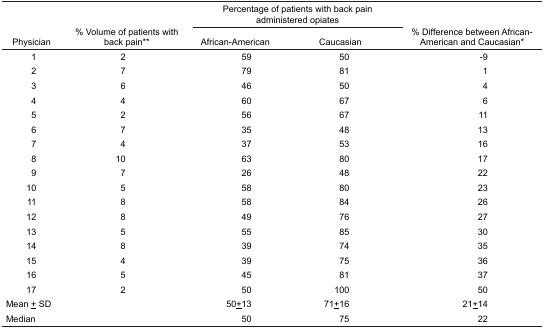
|  |  | <COLSPAN=2> Percentage of patients with back pain administered opiates |  |
 | Physician | % Volume of patients with back pain** | African-American | Caucasian | % Difference between African-American and Caucasian* |
 | --- | --- | --- | --- | --- |
 | 1 | 2 | 59 | 50 | −9 |
 | 2 | 7 | 79 | 81 | 1 |
 | 3 | 6 | 46 | 50 | 4 |
 | 4 | 4 | 60 | 67 | 6 |
 | 5 | 2 | 56 | 67 | 11 |
 | 6 | 7 | 35 | 48 | 13 |
 | 7 | 4 | 37 | 53 | 16 |
 | 8 | 10 | 63 | 80 | 17 |
 | 9 | 7 | 26 | 48 | 22 |
 | 10 | 5 | 58 | 80 | 23 |
 | 11 | 8 | 58 | 84 | 26 |
 | 12 | 8 | 49 | 76 | 27 |
 | 13 | 5 | 55 | 85 | 30 |
 | 14 | 8 | 39 | 74 | 35 |
 | 15 | 4 | 39 | 75 | 36 |
 | 16 | 5 | 45 | 81 | 37 |
 | 17 | 2 | 50 | 100 | 50 |
 | Mean ± SD |  | 50±13 | 71±16 | 21±14 |
 | Median |  | 50 | 75 | 22 |